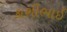
કાશીભાઈ